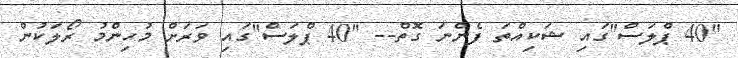
"40 ޕްލަސް"ގައި ޝަކިއްތަ ފެންނަ ގޮތް-- "40 ޕްލަސް"ގައި ވަރަށް މުހިންމު ރޯލަކުން